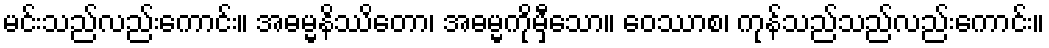
မင်းသည်လည်းကောင်း။ အဓမ္မနိဿိတော၊ အဓမ္မကိုမှီသော။ ဝေဿာစ၊ ကုန်သည်သည်လည်းကောင်း။